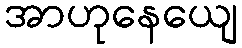
အာဟုနေယျေ